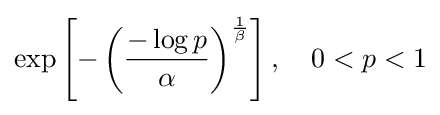
\exp \left[-\left({\frac {-\log p}{\alpha }}\right)^{\frac {1}{\beta }}\right],\quad 0<p<1